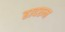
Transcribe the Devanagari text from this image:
हादरुन